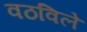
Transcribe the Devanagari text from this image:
वठविले